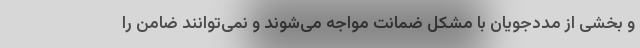
و بخشی از مددجویان با مشکل ضمانت مواجه می‌شوند و نمی‌توانند ضامن را